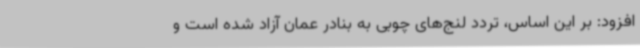
افزود: بر این اساس، تردد لنج‌های چوبی به بنادر عمان آزاد شده است و